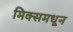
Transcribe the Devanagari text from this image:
मिक्समधून